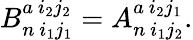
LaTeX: B_{n\ i_{1}j_{1}}^{a\ i_{2}j_{2}}=A_{n\ i_{1}j_{2}}^{a\ i_{2}j_{1}}.